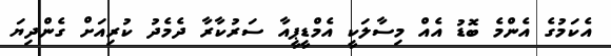
އެކަމުގެ އެންމެ ބޮޑު އެއް މިސާލަކީ އެމްޑީޕީއާ ސަރުކާރާ ދެމެދު ކުރިއަށް ގެންދިޔަ